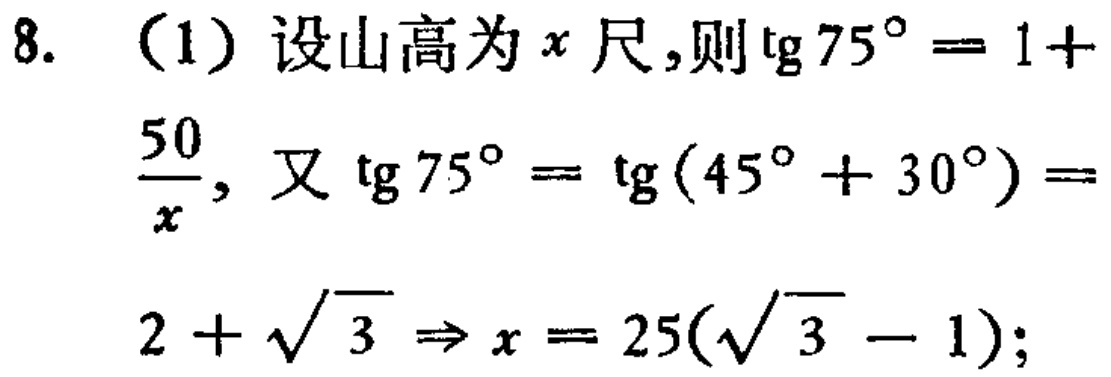
8. （1）设山高为\(x\)尺,则\(\mathrm{tg}75^{\circ}=1 +\frac{50}{x}\), 又\(\mathrm{tg}75^{\circ}=\mathrm{tg}(45^{\circ}+30^{\circ})=2+\sqrt{3}\Rightarrow x = 25(\sqrt{3}-1)\);